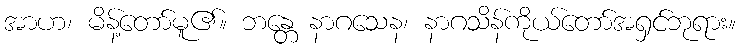
အာဟ၊ မိန့်တော်မူ၏။ ဘန္တေ နာဂသေန၊ နာဂသိန်ကိုယ်တော်အရှင်ဘုရား။